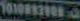
10100830080